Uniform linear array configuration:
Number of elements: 64
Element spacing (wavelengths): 1
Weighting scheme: exponential
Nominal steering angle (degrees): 30
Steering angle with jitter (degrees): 29.656
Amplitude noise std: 0.05
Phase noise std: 0.05

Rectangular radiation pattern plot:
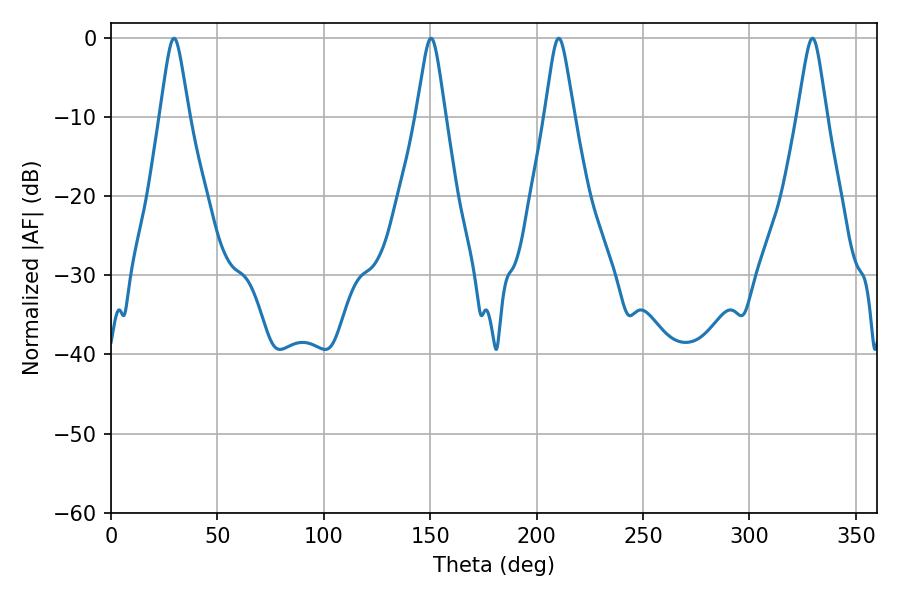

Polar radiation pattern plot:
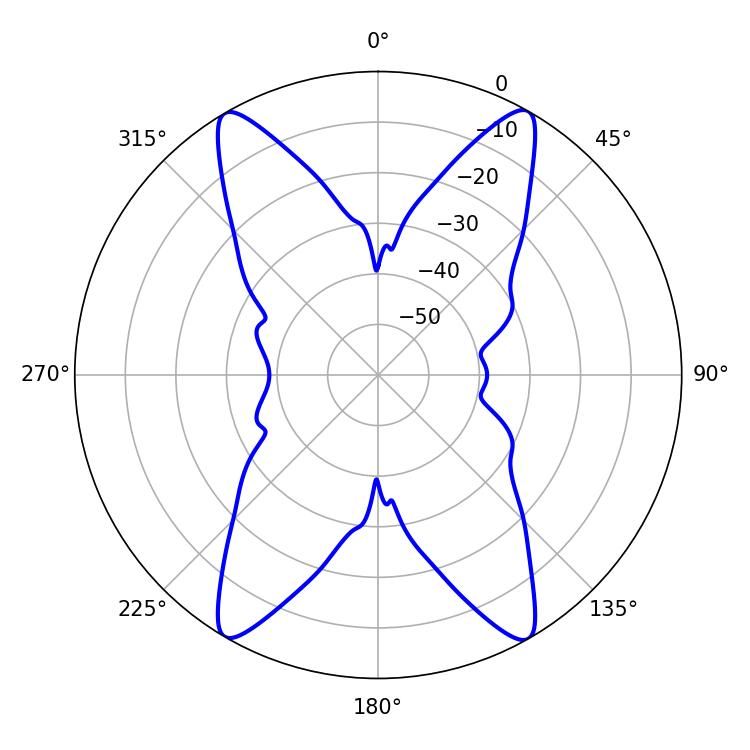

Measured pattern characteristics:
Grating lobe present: TRUE
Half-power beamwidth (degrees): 6.48
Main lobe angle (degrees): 210.42